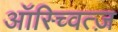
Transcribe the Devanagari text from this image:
ऑस्च्वित्ज़